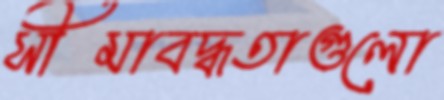
সীমাবদ্ধতাগুলো